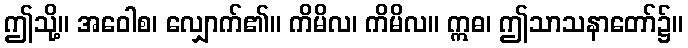
ဤသို့။ အဝေါစ၊ လျှောက်၏။ ကိမိလ၊ ကိမိလ။ ဣဓ၊ ဤသာသနာတော်၌။